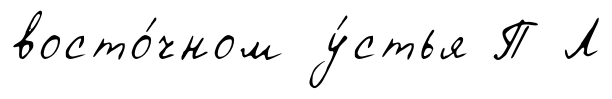
восто́чном у́стья П Л